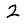
Digit: 2